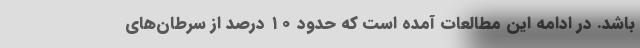
باشد. در ادامه این مطالعات آمده است که حدود ۱۰ درصد از سرطان‌های